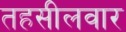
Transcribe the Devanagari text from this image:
तहसीलवार